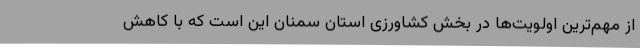
از مهم‌ترین اولویت‌ها در بخش کشاورزی استان سمنان این است که با کاهش